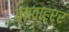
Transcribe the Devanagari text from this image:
व्यवाह्रर